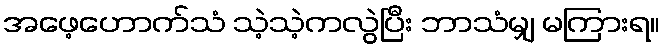
အဖေ့ဟောက်သံ သဲ့သဲ့ကလွဲပြီး ဘာသံမျှ မကြားရ။